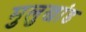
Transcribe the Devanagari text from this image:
मुलुखांड